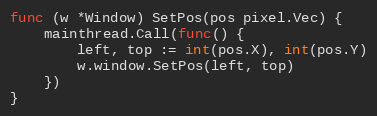
Language: Go
func (w *Window) SetPos(pos pixel.Vec) {
	mainthread.Call(func() {
		left, top := int(pos.X), int(pos.Y)
		w.window.SetPos(left, top)
	})
}